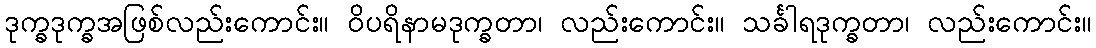
ဒုက္ခဒုက္ခအဖြစ်လည်းကောင်း။ ဝိပရိနာမဒုက္ခတာ၊ လည်းကောင်း။ သင်္ခါရဒုက္ခတာ၊ လည်းကောင်း။